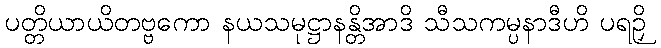
ပတ္တိယာယိတဗ္ဗကော နယသမုဋ္ဌာနန္တိအာဒိ သီသကမ္ပနာဒီဟိ ပရဉှိ